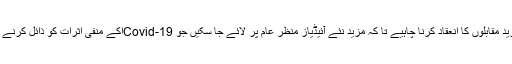
ہمیں جدت طرازی کے مزید مقابلوں کا انعقاد کرنا چاہیے تا کہ مزید نئے آئیڈیاز منظر عام پر لائے جا سکیں جو Covid-19اکے منفی اثرات کو ذائل کرنے میں مددگار ثابت ہو نگے۔